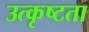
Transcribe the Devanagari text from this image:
उत्कृष्‍टता